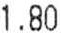
1.80